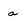
Character: a